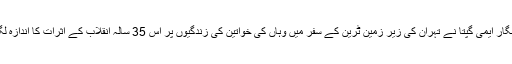
بی بی سی کی نامہ نگار ایمی گپتا نے تہران کی زیرِ زمین ٹرین کے سفر میں وہاں کی خواتین کی زندگیوں پر اس 35 سالہ انقلاب کے اثرات کا اندازہ لگانے کی کوشش کی۔